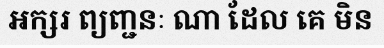
អក្សរ ព្យញ្ជនៈ ណា ដែល គេ មិន